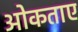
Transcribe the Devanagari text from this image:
ओकताए